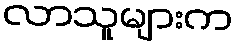
လာသူများက